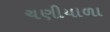
ચણીયાળા